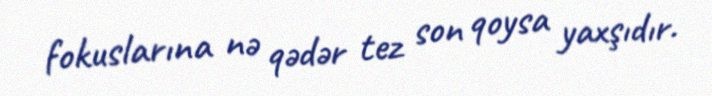
fokuslarına nə qədər tez son qoysa yaxşıdır.